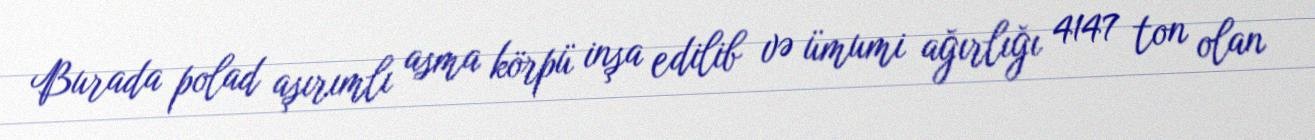
Burada polad aşırımlı asma körpü inşa edilib və ümumi ağırlığı 4147 ton olan